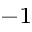
^ { - 1 }